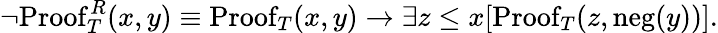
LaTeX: \lnot\mathrm{Proof}_{T}^{R}(x,y)\equiv\mathrm{Proof}_{T}(x,y)\to\exists z\leq x[\mathrm{Proof}_{T}(z,\mathrm{neg}(y))].